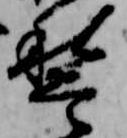
稽